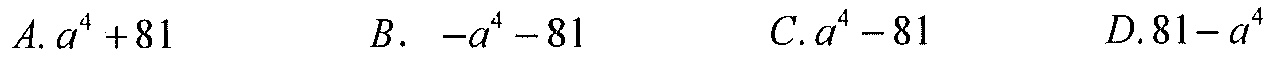
A. \(a^{4}+81\)  \(\qquad\) B. \(-a^{4}-81\)  \(\qquad\) C. \(a^{4}-81\)  \(\qquad\) D. \(81 - a^{4}\)